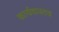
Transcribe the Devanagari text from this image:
कार्यवास्तव